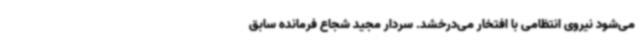
می‌شود نیروی انتظامی با افتخار می‌درخشد. سردار مجید شجاع فرمانده سابق